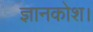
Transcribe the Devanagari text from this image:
ज्ञानकोश।